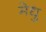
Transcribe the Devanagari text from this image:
मेधु